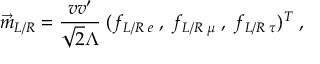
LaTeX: \vec { m } _ { L / R } = \frac { v v ^ { \prime } } { \sqrt { 2 } \Lambda } \; ( f _ { L / R \; e } \; , \; f _ { L / R \; \mu } \; , \; f _ { L / R \; \tau } ) ^ { T } \; ,